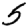
Digit: 5